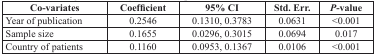
<table><thead><tr><td><b>Co-variates</b></td><td><b>Coefficient</b></td><td><b>95% CI</b></td><td><b>Std. Err.</b></td><td><b><i>P</i>-value</b></td></tr></thead><tbody><tr><td>Year of publication</td><td>0.2546</td><td>0.1310, 0.3783</td><td>0.0631</td><td>&lt;0.001</td></tr><tr><td>Sample size</td><td>0.1655</td><td>0.0296, 0.3015</td><td>0.0694</td><td>0.017</td></tr><tr><td>Country of patients</td><td>0.1160</td><td>0.0953, 0.1367</td><td>0.0106</td><td>&lt;0.001</td></tr></tbody></table>